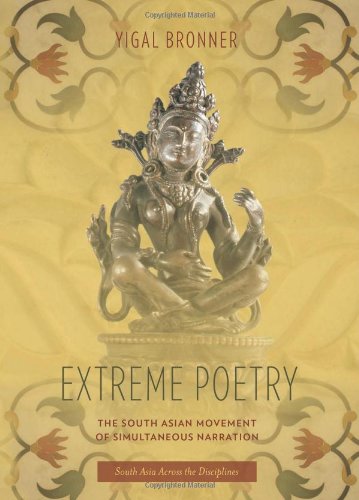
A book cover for Extreme Poetry: The South Asian Movement of Simultaneous Narration (South Asia Across the Disciplines); Yigal Bronner; Humor & Entertainment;